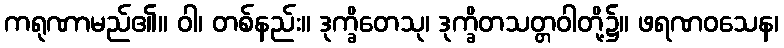
ကရုဏာမည်၏။ ဝါ၊ တစ်နည်း။ ဒုက္ခိတေသု၊ ဒုက္ခိတသတ္တဝါတို့၌။ ဖရဏဝသေန၊